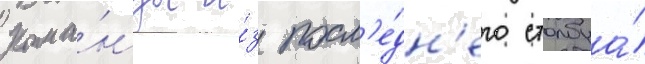
Кома́нды и́з посл'е́дн'его столбца́